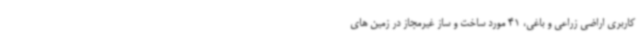
کاربری اراضی زراعی و باغی، 41 مورد ساخت و ساز غیرمجاز در زمین های